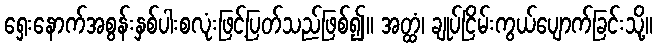
ရှေးနောက်အစွန်းနှစ်ပါးစလုံးဖြင့်ပြတ်သည်ဖြစ်၍။ အတ္ထံ၊ ချုပ်ငြိမ်းကွယ်ပျောက်ခြင်းသို့။